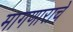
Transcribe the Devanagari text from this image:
मागणाराचे